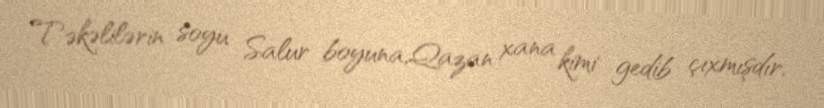
Təkəlilərin soyu Salur boyuna,Qazan xana kimi gedib çıxmışdır.